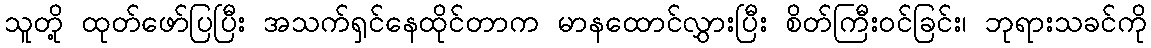
သူတို့ ထုတ်ဖော်ပြပြီး အသက်ရှင်နေထိုင်တာက မာနထောင်လွှားပြီး စိတ်ကြီးဝင်ခြင်း၊ ဘုရားသခင်ကို